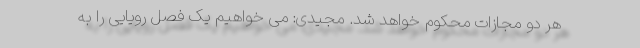
هر دو مجازات محکوم خواهد شد. مجیدی: می خواهیم یک فصل رویایی را به